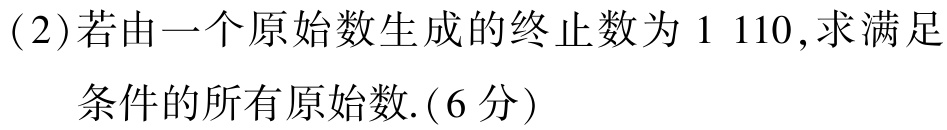
(2)若由一个原始数生成的终止数为 \(1\ 110\),求满足

条件的所有原始数.(6分)